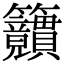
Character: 𥸜